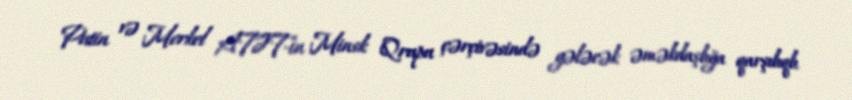
Putin və Merkel ATƏT-in Minsk Qrupu çərçivəsində gələcək əməkdaşlığa qarşılıqlı